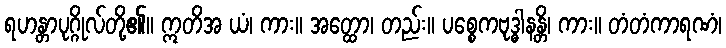
ရဟန္တာပုဂ္ဂိုလ်တို့၏။ ဣတိအ ယံ၊ ကား။ အတ္ထော၊ တည်း။ ပစ္စေကဗုဒ္ဓါနန္တိ၊ ကား။ တံတံကာရဏံ၊